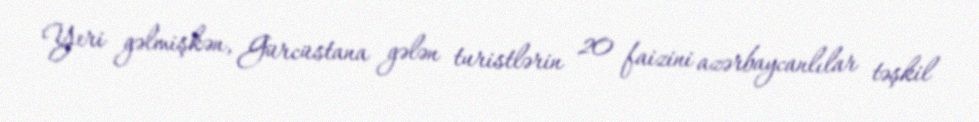
Yeri gəlmişkən, Gürcüstana gələn turistlərin 20 faizini azərbaycanlılar təşkil